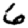
Digit: 6